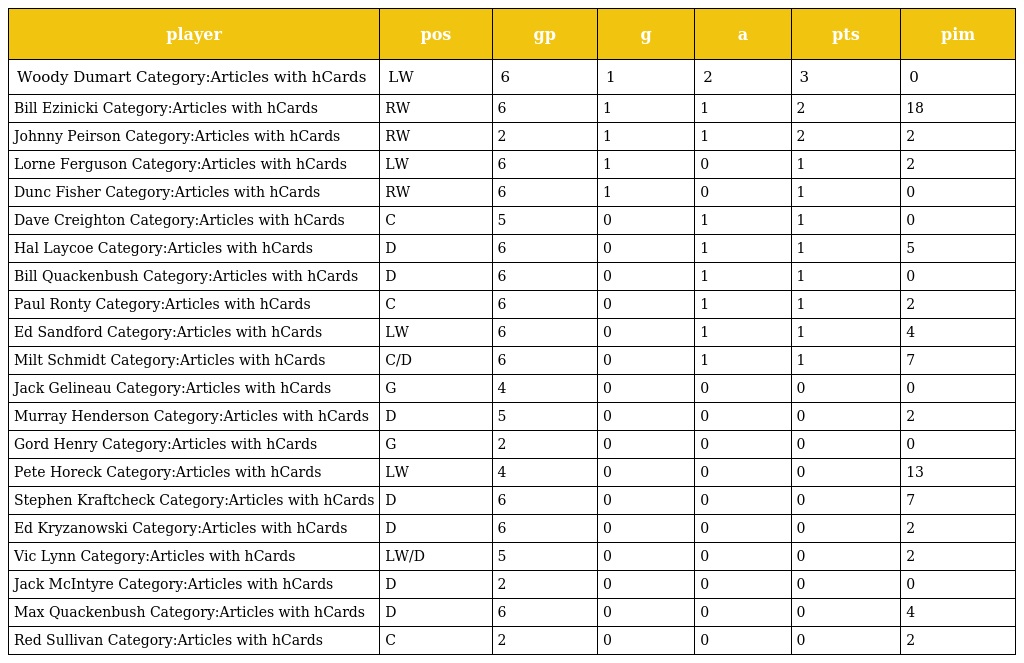
| player | pos | gp | g | a | pts | pim |
 | --- | --- | --- | --- | --- | --- | --- |
 | Woody Dumart Category:Articles with hCards | LW | 6 | 1 | 2 | 3 | 0 |
 | Bill Ezinicki Category:Articles with hCards | RW | 6 | 1 | 1 | 2 | 18 |
 | Johnny Peirson Category:Articles with hCards | RW | 2 | 1 | 1 | 2 | 2 |
 | Lorne Ferguson Category:Articles with hCards | LW | 6 | 1 | 0 | 1 | 2 |
 | Dunc Fisher Category:Articles with hCards | RW | 6 | 1 | 0 | 1 | 0 |
 | Dave Creighton Category:Articles with hCards | C | 5 | 0 | 1 | 1 | 0 |
 | Hal Laycoe Category:Articles with hCards | D | 6 | 0 | 1 | 1 | 5 |
 | Bill Quackenbush Category:Articles with hCards | D | 6 | 0 | 1 | 1 | 0 |
 | Paul Ronty Category:Articles with hCards | C | 6 | 0 | 1 | 1 | 2 |
 | Ed Sandford Category:Articles with hCards | LW | 6 | 0 | 1 | 1 | 4 |
 | Milt Schmidt Category:Articles with hCards | C/D | 6 | 0 | 1 | 1 | 7 |
 | Jack Gelineau Category:Articles with hCards | G | 4 | 0 | 0 | 0 | 0 |
 | Murray Henderson Category:Articles with hCards | D | 5 | 0 | 0 | 0 | 2 |
 | Gord Henry Category:Articles with hCards | G | 2 | 0 | 0 | 0 | 0 |
 | Pete Horeck Category:Articles with hCards | LW | 4 | 0 | 0 | 0 | 13 |
 | Stephen Kraftcheck Category:Articles with hCards | D | 6 | 0 | 0 | 0 | 7 |
 | Ed Kryzanowski Category:Articles with hCards | D | 6 | 0 | 0 | 0 | 2 |
 | Vic Lynn Category:Articles with hCards | LW/D | 5 | 0 | 0 | 0 | 2 |
 | Jack McIntyre Category:Articles with hCards | D | 2 | 0 | 0 | 0 | 0 |
 | Max Quackenbush Category:Articles with hCards | D | 6 | 0 | 0 | 0 | 4 |
 | Red Sullivan Category:Articles with hCards | C | 2 | 0 | 0 | 0 | 2 |